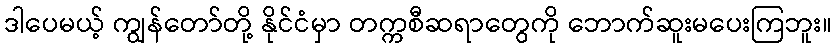
ဒါပေမယ့် ကျွန်တော်တို့ နိုင်ငံမှာ တက္ကစီဆရာတွေကို ဘောက်ဆူးမပေးကြဘူး။